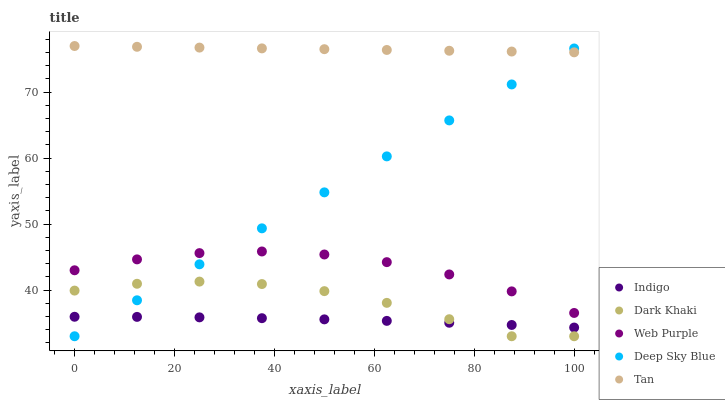
| xaxis_label | Indigo | Dark Khaki | Web Purple | Deep Sky Blue | Tan |
 | --- | --- | --- | --- | --- | --- |
 | 0 | 36 | 39.9 | 43 | 33 | 77 |
 | 12.5 | 35.9 | 41 | 44.7 | 38.5 | 76.9 |
 | 25 | 35.9 | 41.3 | 45.6 | 43.9 | 76.8 |
 | 37.5 | 35.7 | 40.9 | 45.9 | 49.4 | 76.6 |
 | 50 | 35.6 | 39.8 | 45.4 | 54.8 | 76.5 |
 | 62.5 | 35.3 | 38.1 | 44.2 | 60.3 | 76.4 |
 | 75 | 35 | 35.6 | 42.4 | 65.7 | 76.3 |
 | 87.5 | 34.7 | 33 | 39.8 | 71.2 | 76.2 |
 | 100 | 34.3 | 33 | 36.5 | 76.6 | 76 |